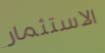
الاستثمار